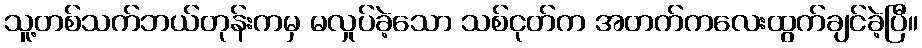
သူ့တစ်သက်ဘယ်တုန်းကမှ မလှုပ်ခဲ့သော သစ်ငုတ်က အတက်ကလေးထွက်ချင်ခဲ့ပြီ။